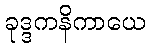
ခုဒ္ဒကနိကာယေ